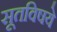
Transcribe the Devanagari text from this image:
सूतविषये